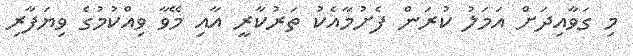
މި ގަވާއިދަށް އަމަލު ކުރަން ފެށުމާއެކު ތަރުކާރީ އާއި މޭވާ ވިއްކުމުގެ ވިޔަފާރި